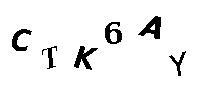
CTK6AY